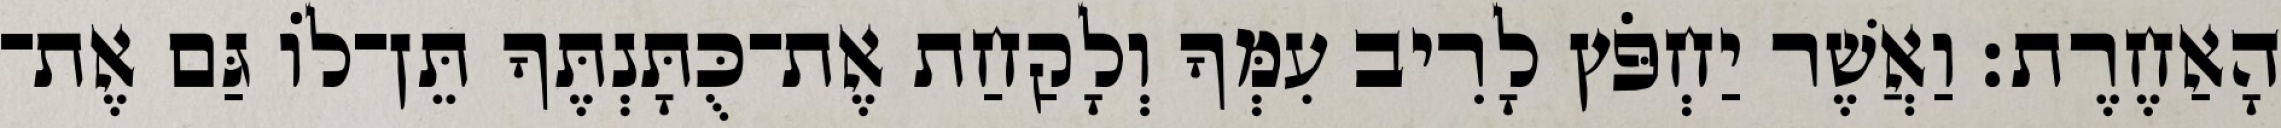
הָאַחֶרֶת׃ וַאֲשֶׁר יַחְפֹּץ לָרִיב עִמְּךָ וְלָקַחַת אֶת־כֻּתָּנְתֶּךָ תֵּן־לוֹ גַּם אֶת־